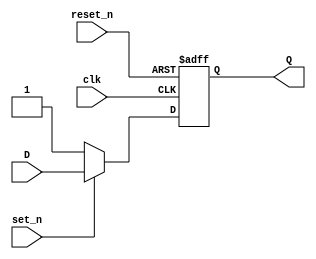
`timescale 1ns / 1ps
//////////////////////////////////////////////////////////////////////////////////
// Company: 
// Engineer: 
// 
// Design Name: 
// Module Name: D_FF_set_reset
// Project Name: 
// Target Devices: 
// Tool Versions: 
// Description: 
// 
// Dependencies: 
// 
// Revision:
// Revision 0.01 - File Created
// Additional Comments:
// 
//////////////////////////////////////////////////////////////////////////////////


module D_FF_set_reset(
    input clk,
    input D,
    input reset_n,
    input set_n,
    output Q
    );
    
    reg Q_reg, Q_next;
    
    // Asynchronous reset
    always @(negedge clk, negedge reset_n) 
    begin
        if (!reset_n)
            Q_reg <= 1'b0;
        else
            Q_reg <= Q_next;
    end
    

    // Synchronous set    
    // Next state logic
    always @(D, set_n)
    begin
        Q_next = Q_reg;
        if(!set_n)
            Q_next = 1'b1;
        else
            Q_next = D;
    end
    
    
    //-----------------------------------------------

    // Output logic
    assign Q = Q_reg;
endmodule